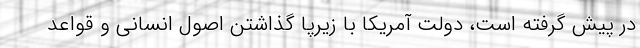
در پیش گرفته است، دولت آمریکا با زیرپا گذاشتن اصول انسانی و قواعد